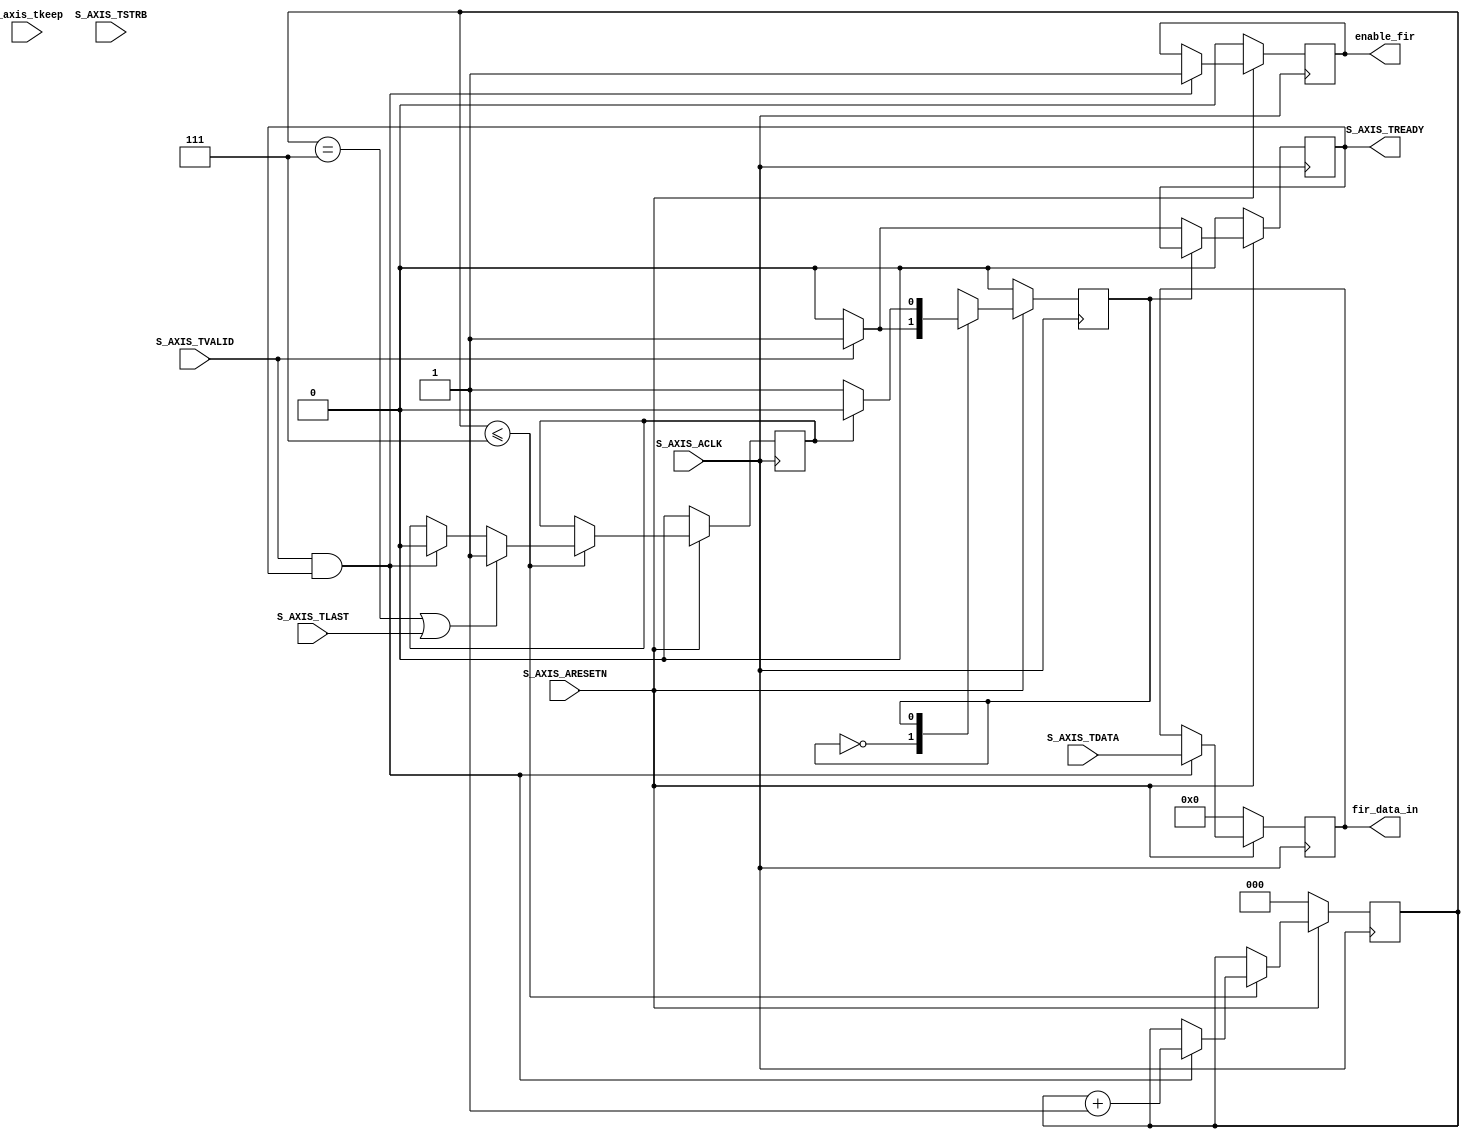
`timescale 1 ns / 1 ps

module AXIS_FIR_v1_0_S_AXIS #
    (
        // Users to add parameters here
        
        // User parameters ends
        // Do not modify the parameters beyond this line
        
        // AXI4Stream sink: Data Width
        parameter integer C_S_AXIS_TDATA_WIDTH	= 16
    )
    (
        // Users to add ports here
        input wire [3:0] s_axis_tkeep,
        output reg enable_fir,
        output reg [C_S_AXIS_TDATA_WIDTH-1 : 0] fir_data_in,
        
        // User ports ends
        // Do not modify the ports beyond this line
        
        // AXI4Stream sink: Clock
        input wire  S_AXIS_ACLK,
        // AXI4Stream sink: Reset
        input wire  S_AXIS_ARESETN,
        // Ready to accept data in
        output wire  S_AXIS_TREADY,
        // Data in
        input wire [C_S_AXIS_TDATA_WIDTH-1 : 0] S_AXIS_TDATA,
        // Byte qualifier
        input wire [(C_S_AXIS_TDATA_WIDTH/8)-1 : 0] S_AXIS_TSTRB,
        // Indicates boundary of last packet
        input wire  S_AXIS_TLAST,
        // Data is in valid
        input wire  S_AXIS_TVALID
    );
    
    // function called clogb2 that returns an integer which has the value of the ceiling of the log base 2.
    function integer clogb2 (input integer bit_depth);
        begin
            for(clogb2=0; bit_depth>0; clogb2=clogb2+1)
                bit_depth = bit_depth >> 1;
        end
    endfunction

    // Total number of input data.
    localparam NUMBER_OF_INPUT_WORDS  = 8;
    
    // bit_num gives the minimum number of bits needed to address 'NUMBER_OF_INPUT_WORDS' size of FIFO.
    localparam bit_num  = clogb2(NUMBER_OF_INPUT_WORDS-1);
    
    // Define the states of state machine
    // The control state machine oversees the writing of input streaming data to the FIFO, and outputs the streaming data from the FIFO
    parameter [1:0] IDLE        = 1'b0, // This is the initial/idle state 
                    WRITE_FIFO  = 1'b1; // In this state FIFO is written with the input stream data S_AXIS_TDATA 
                    
//    wire axis_tready;
    reg axis_tready;
    
    // State variable
    reg mst_exec_state; 
     
    // FIFO implementation signals
    genvar byte_index;   
      
    // FIFO write enable
    wire fifo_wren;
    
    // FIFO full flag
    reg fifo_full_flag;
    
    // FIFO write pointer
    reg [bit_num-1:0] write_pointer;
    
    // sink has accepted all the streaming data and stored in FIFO
    reg writes_done;
    
    // I/O Connections assignments
    assign S_AXIS_TREADY = axis_tready;
    
    // Control state machine implementation
    always @ (posedge S_AXIS_ACLK) 
        begin  
            if (!S_AXIS_ARESETN) 
                // Synchronous reset (active low)
                begin
                  mst_exec_state <= IDLE;
                  axis_tready <= 1'b0;
                end  
            else
                case (mst_exec_state)
                    IDLE: 
                        // The sink starts accepting tdata when there tvalid is asserted to mark the presence of valid streaming data 
                        if (S_AXIS_TVALID)
                            begin
                                mst_exec_state <= WRITE_FIFO;
                                axis_tready <= 1'b1; // added to prevent one low clock cycle of tready so tvalid from DDS compiler isn't deasserted, causing dropped samples input to FIR
                            end
                        else
                            begin
                                mst_exec_state <= IDLE;
                                axis_tready <= 1'b0; // added to prevent one low clock cycle of tready so tvalid from DDS compiler isn't deasserted, causing dropped samples input to FIR
                            end
                    WRITE_FIFO: 
                        // When the sink has accepted all the streaming input data, the interface swiches functionality to a streaming master
                        if (writes_done)
                            begin
                                mst_exec_state <= IDLE;
                            end
                        else
                            begin
                                // The sink accepts and stores tdata into FIFO
                                mst_exec_state <= WRITE_FIFO;
                            end
                
                endcase
        end
        
    // AXI Streaming Sink 
    // 
    // The example design sink is always ready to accept the S_AXIS_TDATA  until the FIFO is not filled with NUMBER_OF_INPUT_WORDS number of input words.
    //assign axis_tready = ((mst_exec_state == WRITE_FIFO) && (write_pointer <= NUMBER_OF_INPUT_WORDS-1));
    // above is commented out to prevent one low clock cycle of tready so tvalid from DDS compiler isn't deasserted, causing dropped samples input to FIR

    always@(posedge S_AXIS_ACLK)
        begin
            if(!S_AXIS_ARESETN)
                begin
                    write_pointer <= 0;
                    writes_done <= 1'b0;
                end  
            else
                if (write_pointer <= NUMBER_OF_INPUT_WORDS-1)
                    begin
                        if (fifo_wren)
                            begin
                                // write pointer is incremented after every write to the FIFO when FIFO write signal is enabled.
                                write_pointer <= write_pointer + 1;
                                writes_done <= 1'b0;
                            end
                        if ((write_pointer == NUMBER_OF_INPUT_WORDS-1)|| S_AXIS_TLAST)
                            begin
                                // reads_done is asserted when NUMBER_OF_INPUT_WORDS numbers of streaming data has been written to the FIFO which is also marked by S_AXIS_TLAST(kept for optional usage).
                                writes_done <= 1'b1;
                            end
                    end  
        end

    // FIFO write enable generation
    assign fifo_wren = S_AXIS_TVALID && axis_tready;
    
    // FIFO Implementation
    generate 
        for (byte_index=0; byte_index<= (C_S_AXIS_TDATA_WIDTH/8-1); byte_index=byte_index+1)
            begin:FIFO_GEN
            
                reg  [(C_S_AXIS_TDATA_WIDTH/4)-1:0] stream_data_fifo [0 : NUMBER_OF_INPUT_WORDS-1];
            
                // Streaming input data is stored in FIFO
                always @ (posedge S_AXIS_ACLK)
                    begin
                        if (fifo_wren)// && S_AXIS_TSTRB[byte_index])
                            begin
                                stream_data_fifo[write_pointer] <= S_AXIS_TDATA[(byte_index*8+7) -: 8];
                            end  
                    end  
            end		
    endgenerate

    // Add user logic here  
    
    always @ (posedge S_AXIS_ACLK)
        begin  
            if (!S_AXIS_ARESETN)
                begin 
                    enable_fir <= 1'b0;
                    fir_data_in <= 16'd0;
                end
            else if (fifo_wren)
                begin
                    enable_fir <= 1'b1;
                    fir_data_in <= S_AXIS_TDATA;
                end
            else 
                begin 
                    enable_fir <= enable_fir;
                    fir_data_in <= fir_data_in;
                end
        end  

    // User logic ends 
    
endmodule